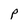
Character: P